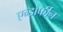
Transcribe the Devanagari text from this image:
एन्डोर्फीन